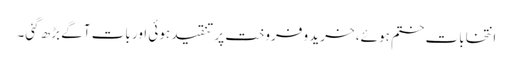
انتخابات ختم ہوئے، خرید و فروخت پر تنقید ہوئی اور بات آگے بڑھ گئی۔